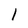
Character: 1